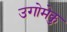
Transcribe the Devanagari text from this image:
उगोमेकु